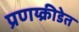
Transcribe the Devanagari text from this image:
प्रणय्क्रीडेत